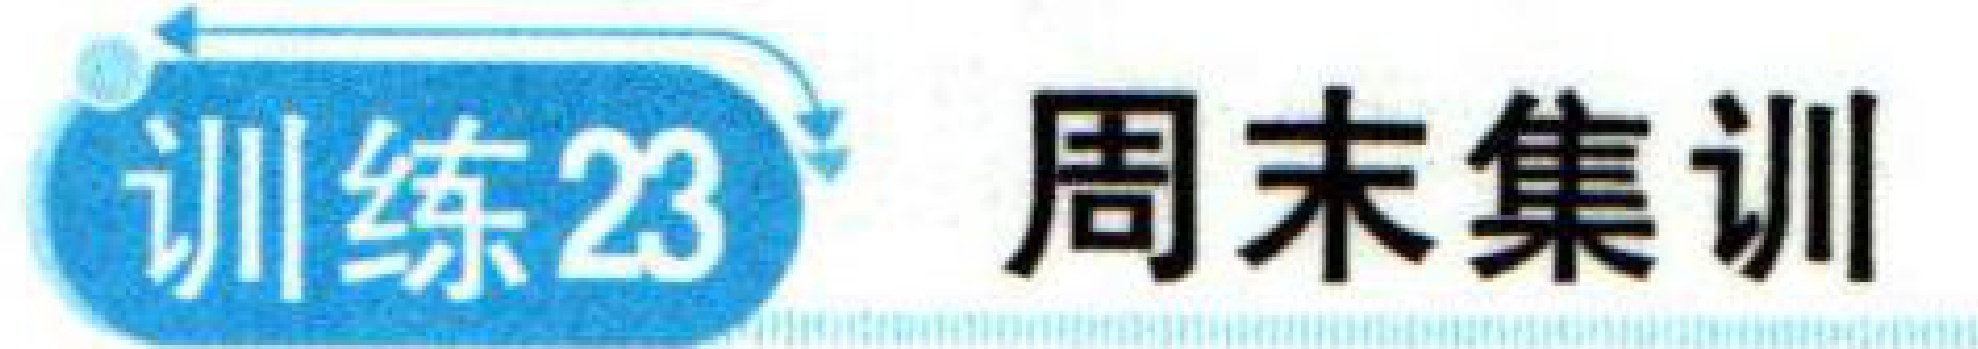
训练23 周末集训